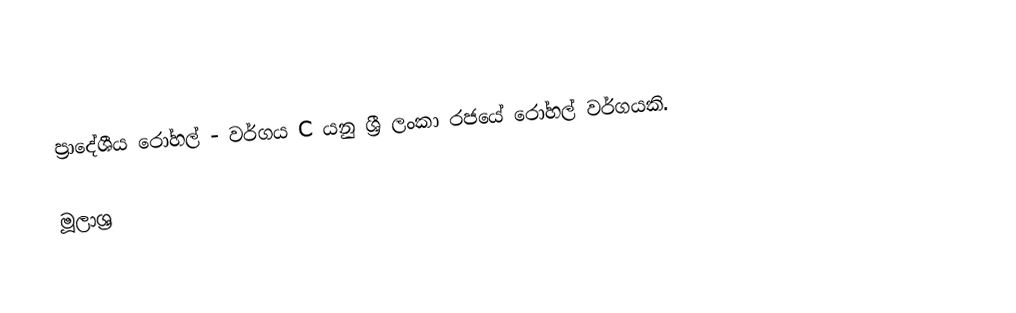
ප්‍රාදේශීය රෝහල් - වර්ගය C යනු ශ්‍රී ලංකා රජයේ රෝහල් වර්ගයකි.

මූලාශ්‍ර